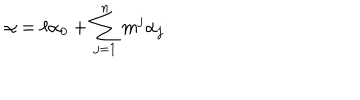
\alpha = \ell \alpha _ { 0 } + \sum _ { j = 1 } ^ { n } m ^ { j } \alpha _ { j }